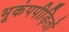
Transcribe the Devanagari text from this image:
भूकंपपीड़ितों